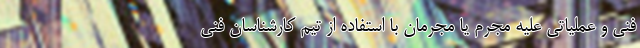
فنی و عملیاتی علیه مجرم یا مجرمان با استفاده از تیم کارشناسان فنی